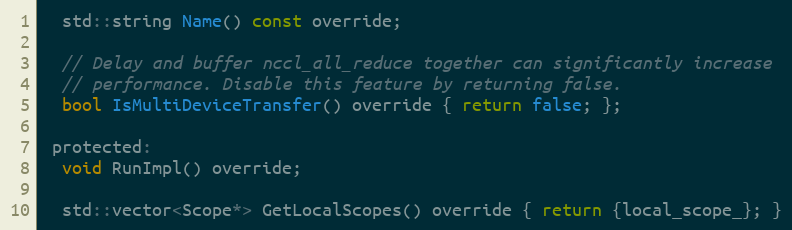
Language: C
  std::string Name() const override;

  // Delay and buffer nccl_all_reduce together can significantly increase
  // performance. Disable this feature by returning false.
  bool IsMultiDeviceTransfer() override { return false; };

 protected:
  void RunImpl() override;

  std::vector<Scope*> GetLocalScopes() override { return {local_scope_}; }